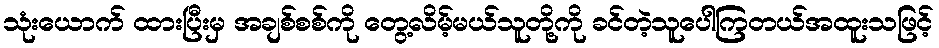
သုံးယောက် ထားပြီးမှ အချစ်စစ်ကို တွေ့လိမ့်မယ်သူတို့ကို ခင်တဲ့သူပေါကြတယ်အထူးသဖြင့်